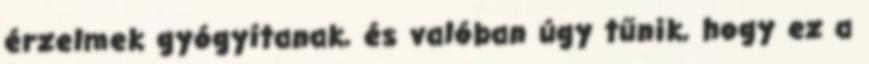
érzelmek gyógyítanak, és valóban úgy tűnik, hogy ez a